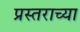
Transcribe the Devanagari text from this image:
प्रस्तराच्या